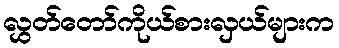
လွှတ်တော်ကိုယ်စားလှယ်များက